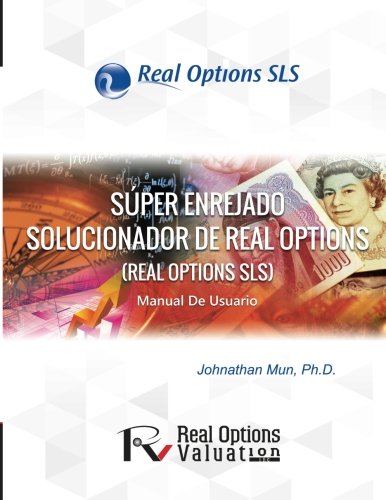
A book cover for Super Enrejado Solucionador de Real Options: Manual de Usuario (Spanish Edition); Dr. Johnathan Mun; Business & Money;